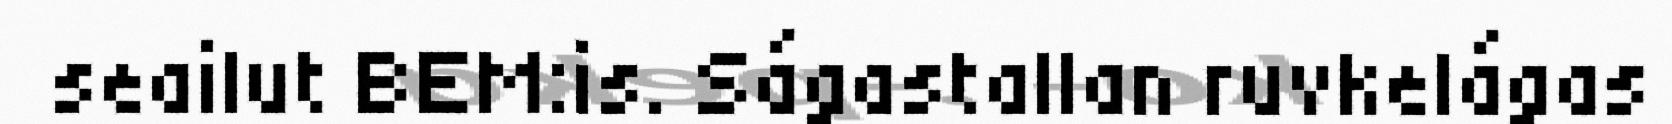
seailut BEM:is. Ságastallan ruvkelágas